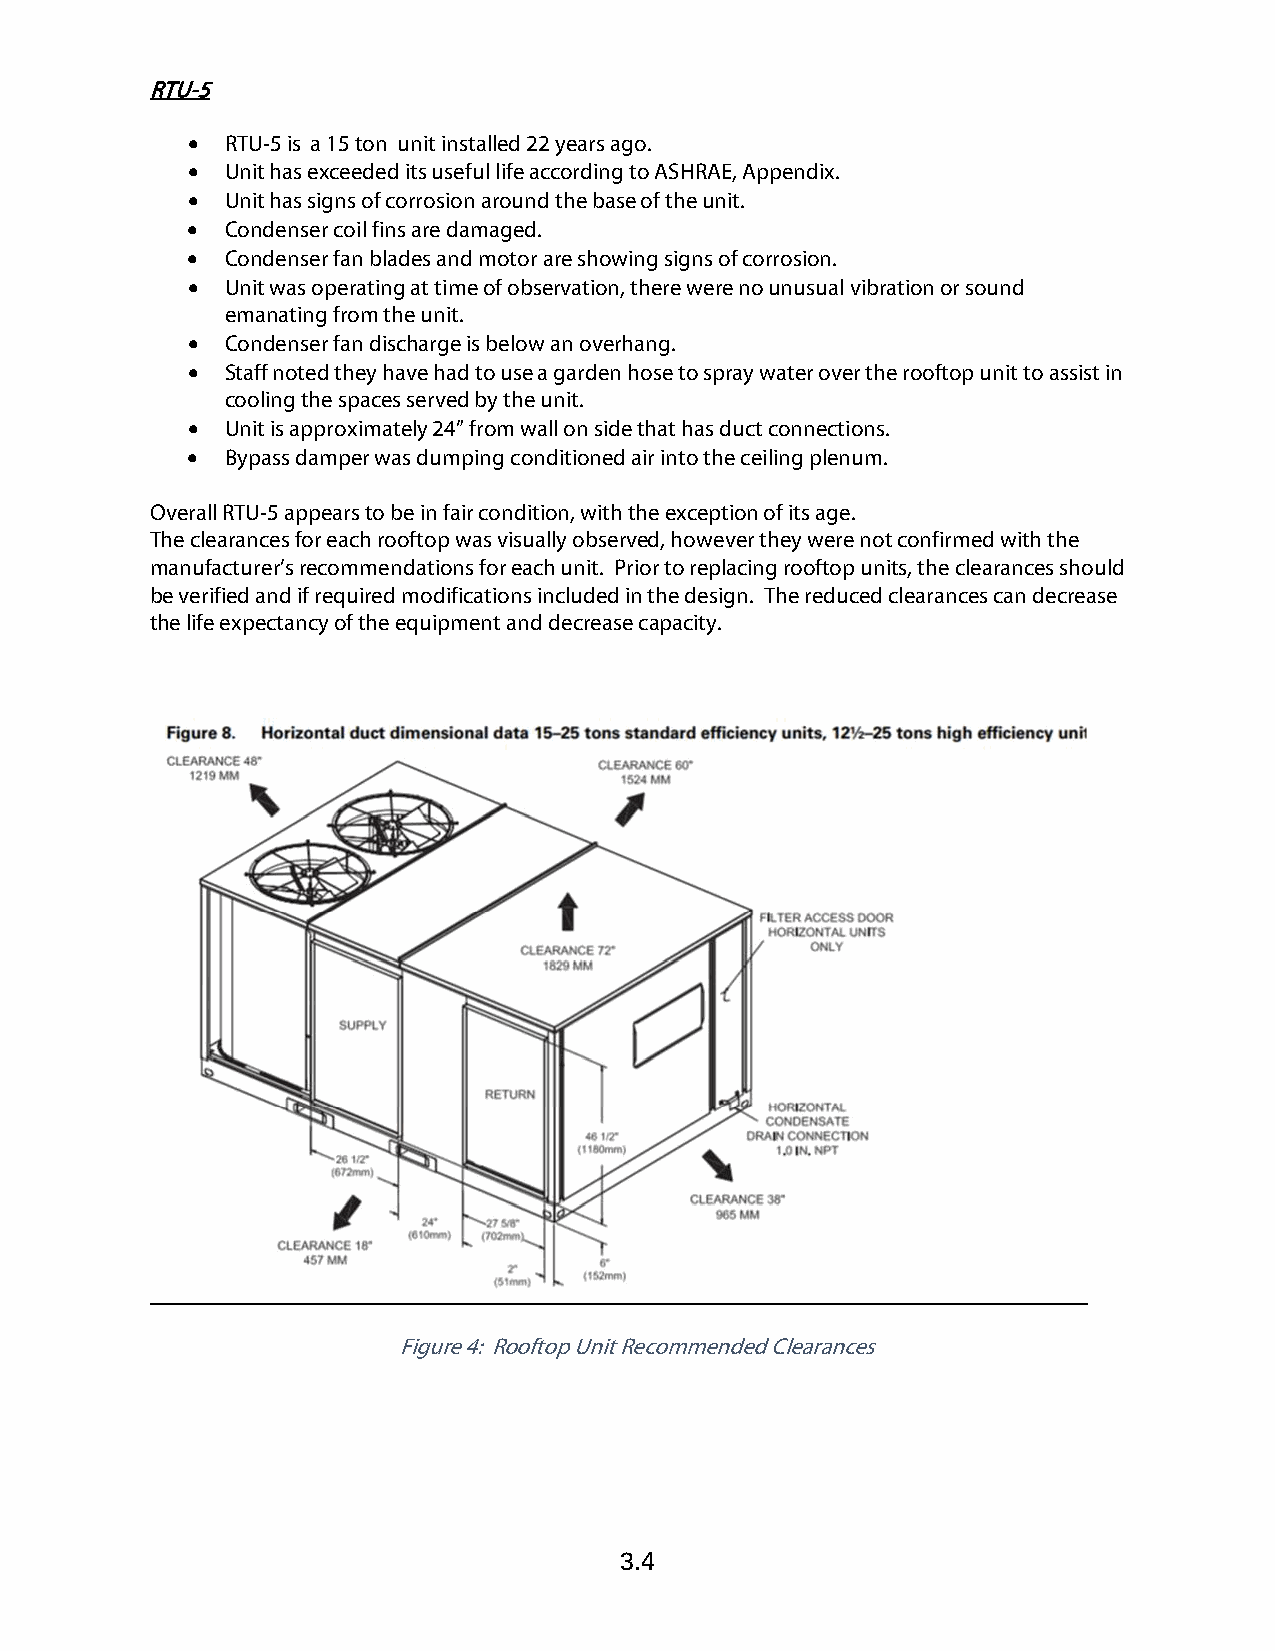
RTU-5
 •  RTU-5 is a 15 ton unit installed 22 years ago.
 •  Unit has exceeded its useful life according to ASHRAE, Appendix.
 •  Unit has signs of corrosion around the base of the unit.
 •  Condenser coil fins are damaged.
 •  Condenser fan blades and motor are showing signs of corrosion.
 •  Unit was operating at time of observation, there were no unusual vibration or sound
 emanating from the unit.
 •  Condenser fan discharge is below an overhang.
 •  Staff noted they have had to use a garden hose to spray water over the rooftop unit to assist in
 cooling the spaces served by the unit.
 •  Unit is approximately 24” from wall on side that has duct connections.
 •  Bypass damper was dumping conditioned air into the ceiling plenum.
 Overall RTU-5 appears to be in fair condition, with the exception of its age.
 The clearances for each rooftop was visually observed, however they were not confirmed with the
 manufacturer’s recommendations for each unit. Prior to replacing rooftop units, the clearances should
 be verified and if required modifications included in the design. The reduced clearances can decrease
 the life expectancy of the equipment and decrease capacity.
 Figure 4: Rooftop Unit Recommended Clearances
 3.4